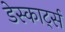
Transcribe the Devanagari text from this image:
डेस्कार्ट्स